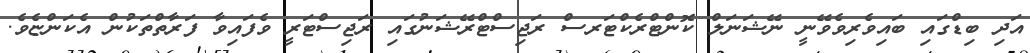
އަދި ބިޑްގައި ބައިވެރިވެވޭނީ ނޭޝަނަލް ކޮންޓްރެކްޓަރސް ރަޖިސްޓްރޭޝަނުގައި ރަޖިސްޓަރީ ވެފައިވާ ފަރާތްތަކުން އެކަންޏެވެ.